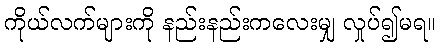
ကိုယ်လက်များကို နည်းနည်းကလေးမျှ လှုပ်၍မရ။